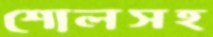
শোলসহ